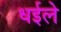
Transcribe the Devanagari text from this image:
धईले